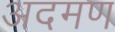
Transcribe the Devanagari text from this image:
अदमण